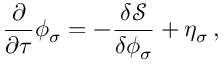
\frac { \partial } { \partial \tau } \phi _ { \sigma } = - \frac { \delta \mathcal { S } } { \delta \phi _ { \sigma } } + \eta _ { \sigma } \, ,